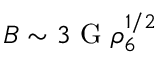
B \sim 3 \ \mathrm { G } \ \rho _ { 6 } ^ { 1 / 2 }